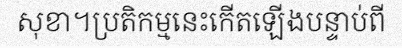
សុខា។ប្រតិកម្មនេះកើតឡើងបន្ទាប់ពី